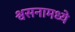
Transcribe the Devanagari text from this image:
श्वसनामध्ये